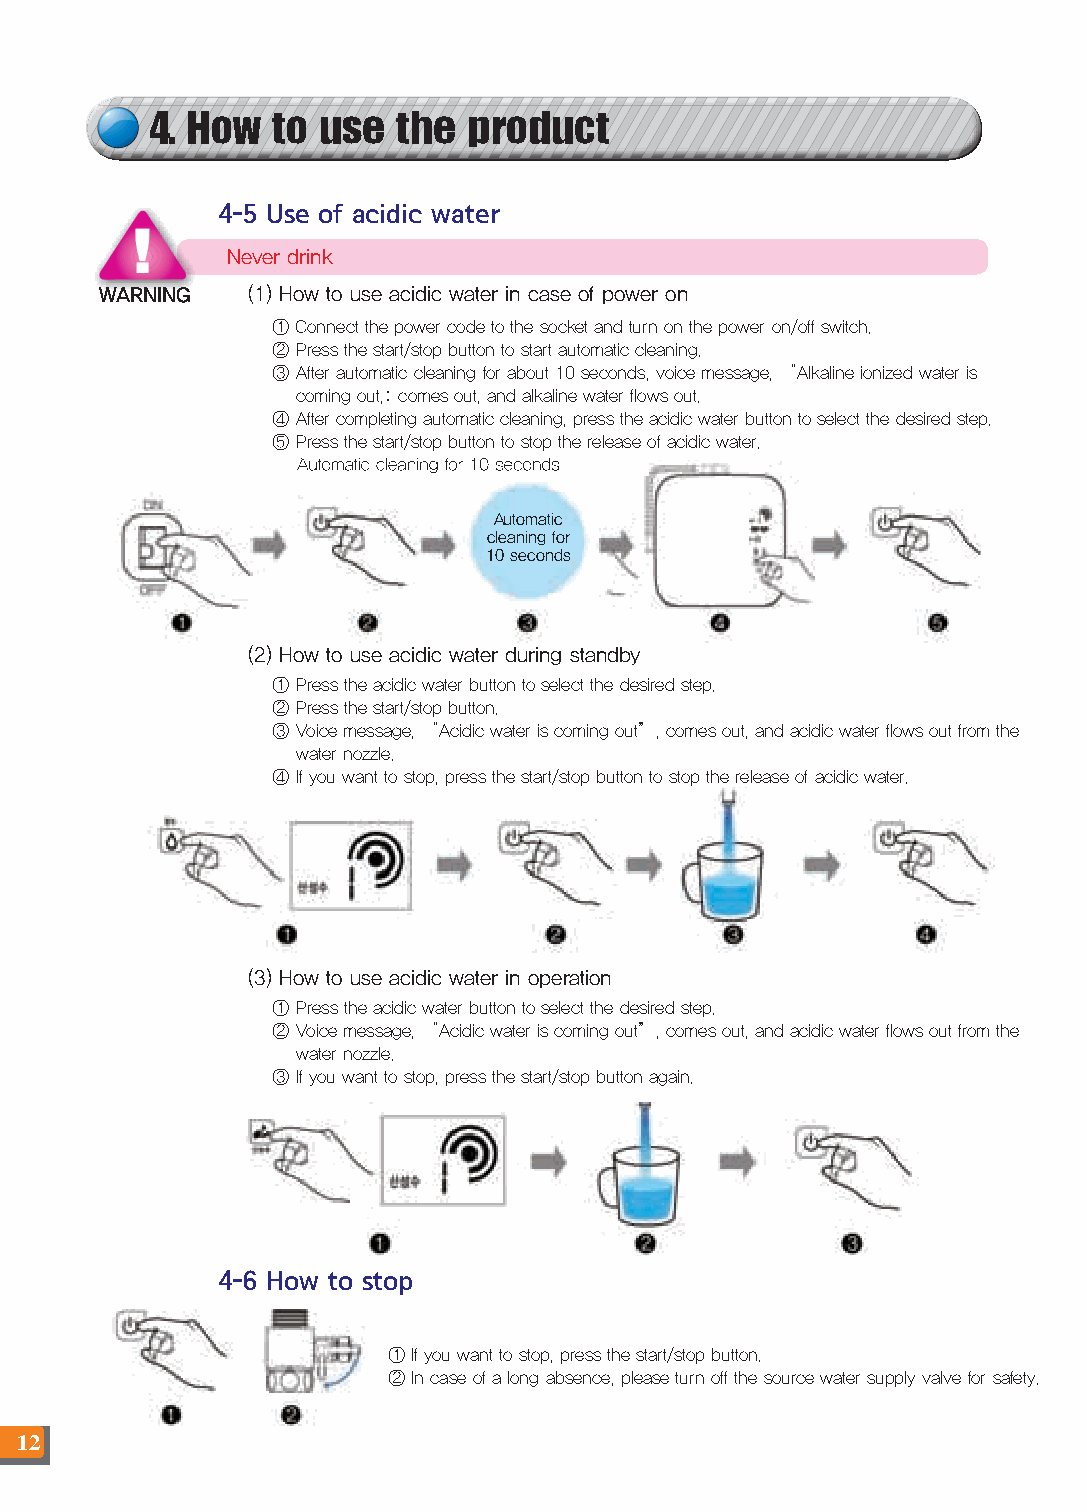
4. How  to use  the  product
 4-5 Use of acidic water
 Never drink
 WARNING  (1) How to use acidic water in case of power on
 ① Connect the power code to the socket and turn on the power on/off switch.
 ② Press the start/stop button to start automatic cleaning.
 ③ After automatic cleaning for about 10 seconds, voice message, “Alkaline ionized water is
 coming out,: comes out, and alkaline water flows out.
 ④ After completing automatic cleaning, press the acidic water button to select the desired step.
 ⑤ Press the start/stop button to stop the release of acidic water.
 AAuuttoommaattiicc cclleeaanniinngg ffoorr 1100 sseeccoonnddss
 Automatic
 cleaning for
 10 seconds
 (2) How to use acidic water during standby
 ① Press the acidic water button to select the desired step.
 ② Press the start/stop button.
 ③ Voice message, “Acidic water is coming out”, comes out, and acidic water flows out from the
 water nozzle.
 ④ If you want to stop, press the start/stop button to stop the release of acidic water.
 (3) How to use acidic water in operation
 ① Press the acidic water button to select the desired step.
 ② Voice message, “Acidic water is coming out”, comes out, and acidic water flows out from the
 water nozzle.
 ③ If you want to stop, press the start/stop button again.
 44--66 HHooww ttoo ssttoopp
 ① If you want to stop, press the start/stop button.
 ② In case of a long absence, please turn off the source water supply valve for safety.
 12